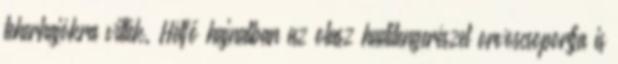
teherhajókra vitték. Hétfő hajnalban az olasz haditengerészet orvoscsoportja is